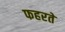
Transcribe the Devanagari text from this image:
फहरते